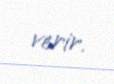
verir.